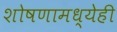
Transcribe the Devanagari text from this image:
शोषणामध्येही